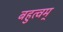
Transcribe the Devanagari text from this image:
बहुत्वम्